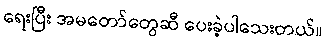
ရေးပြီး အမတော်တွေဆီ ပေးခဲ့ပါသေးတယ်။